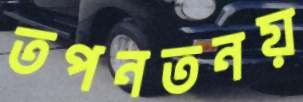
তপনতনয়